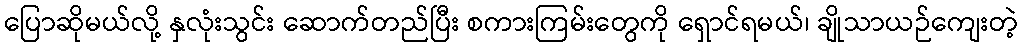
ပြောဆိုမယ်လို့ နှလုံးသွင်း ဆောက်တည်ပြီး စကားကြမ်းတွေကို ရှောင်ရမယ်၊ ချိုသာယဉ်ကျေးတဲ့